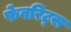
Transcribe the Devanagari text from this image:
फेवरिट्स